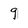
Character: 9